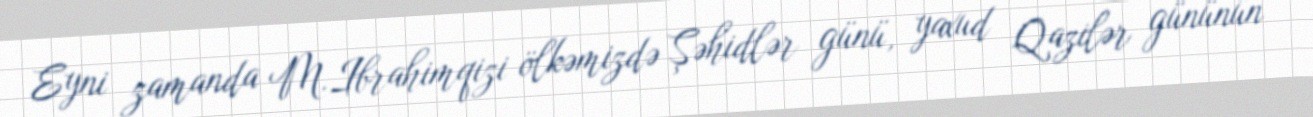
Eyni zamanda M.Ibrahimqizi ölkəmizdə Şəhidlər günü, yaxud Qazilər gününün